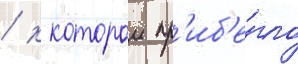
/ к которои пр'иб'е́гло